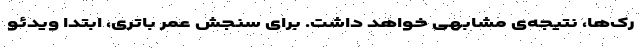
رک‌ها، نتیجه‌ی مشابهی خواهد داشت. برای سنجش عمر باتری، ابتدا ویدئو